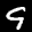
Label: 9